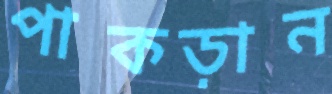
পাকড়ান